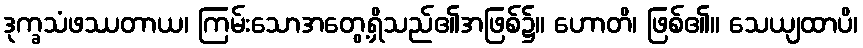
ဒုက္ခသံဖဿတာယ၊ ကြမ်းသောအတွေ့ရှိသည်၏အဖြစ်၌။ ဟောတိ၊ ဖြစ်၏။ သေယျထာပိ၊